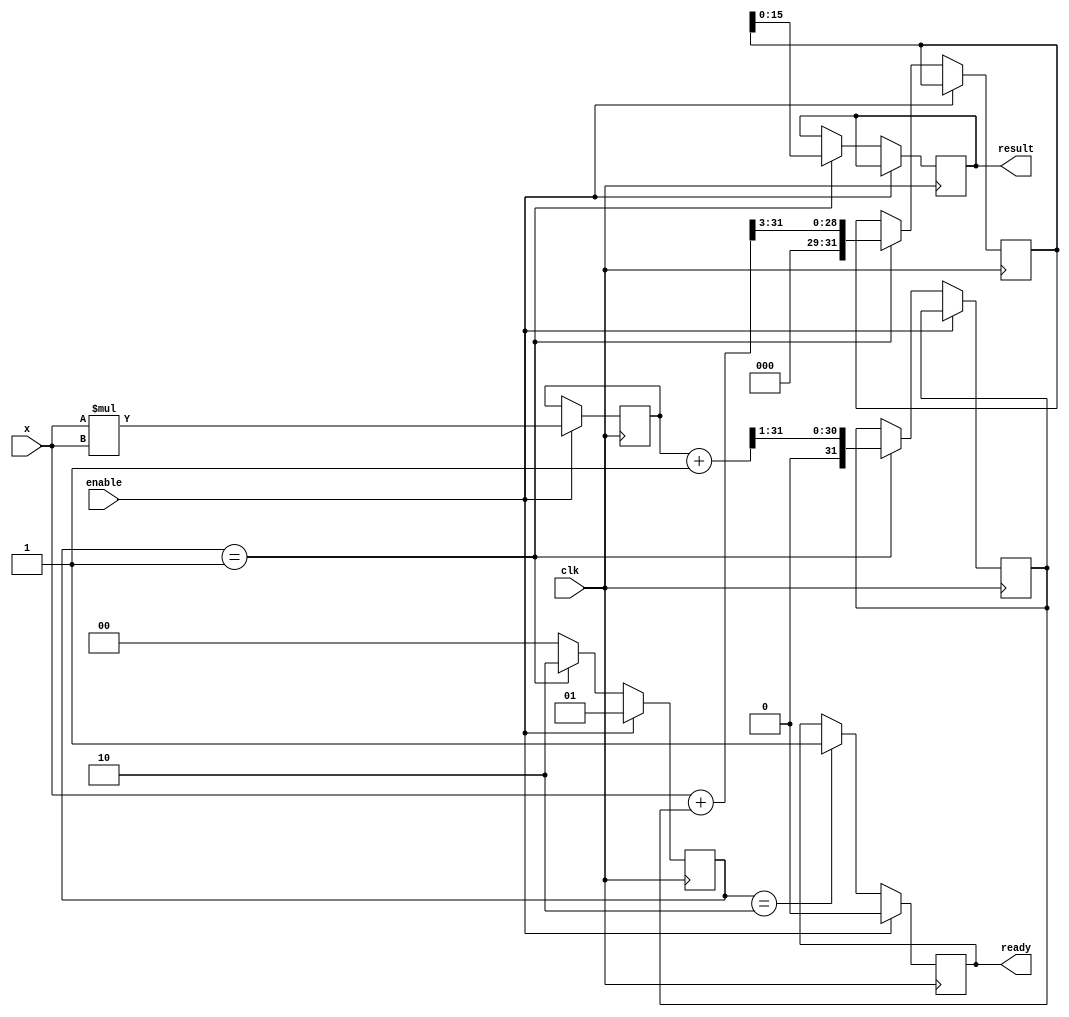
module asinh_block (
    input wire clk,            // Clock signal
    input wire enable,         // Enable signal for computation
    input wire signed [15:0] x, // Input value (16 bits)
    output reg signed [15:0] result, // Output value (16 bits)
    output reg ready          // Ready signal
);
    
    reg signed [31:0] x_squared; // To hold x^2
    reg signed [31:0] sqrt_term;  // To hold sqrt(x^2 + 1)
    reg signed [31:0] log_term;   // To hold ln(x + sqrt_term)
    reg [1:0] state;              // State for FSM
    parameter IDLE = 2'b00, COMPUTE = 2'b01, DONE = 2'b10;
    
    // Square calculation
    always @(posedge clk) begin
        if (enable) begin
            x_squared <= x * x; // Calculate x^2
            state <= COMPUTE;
            ready <= 0;
        end else begin
            case (state)
                COMPUTE: begin
                    // Calculate sqrt(x^2 + 1)
                    sqrt_term <= sqrt(x_squared + 32'd1); // Placeholder for square root function
                    // Calculate ln(x + sqrt_term)
                    log_term <= ln(x + sqrt_term); // Placeholder for logarithm function
                    result <= log_term[15:0]; // Truncate result to 16 bits
                    state <= DONE;
                end
                DONE: begin
                    ready <= 1; // Indicate that the result is valid
                    state <= IDLE; // Go back to idle state
                end
                default: state <= IDLE;
            endcase
        end
    end

    // Placeholder for square root function (to be implemented)
    function [31:0] sqrt(input [31:0] value);
        // Implement CORDIC or other algorithm here
        // For now, return a dummy value (to be replaced with actual calculation)
        sqrt = value >> 1; // Simple right shift for demonstration
    endfunction

    // Placeholder for logarithm function (to be implemented)
    function [31:0] ln(input [31:0] value);
        // Implement CORDIC or look-up table here
        // For now, return a dummy value (to be replaced with actual calculation)
        ln = value >> 3; // Simple right shift for demonstration
    endfunction

endmodule